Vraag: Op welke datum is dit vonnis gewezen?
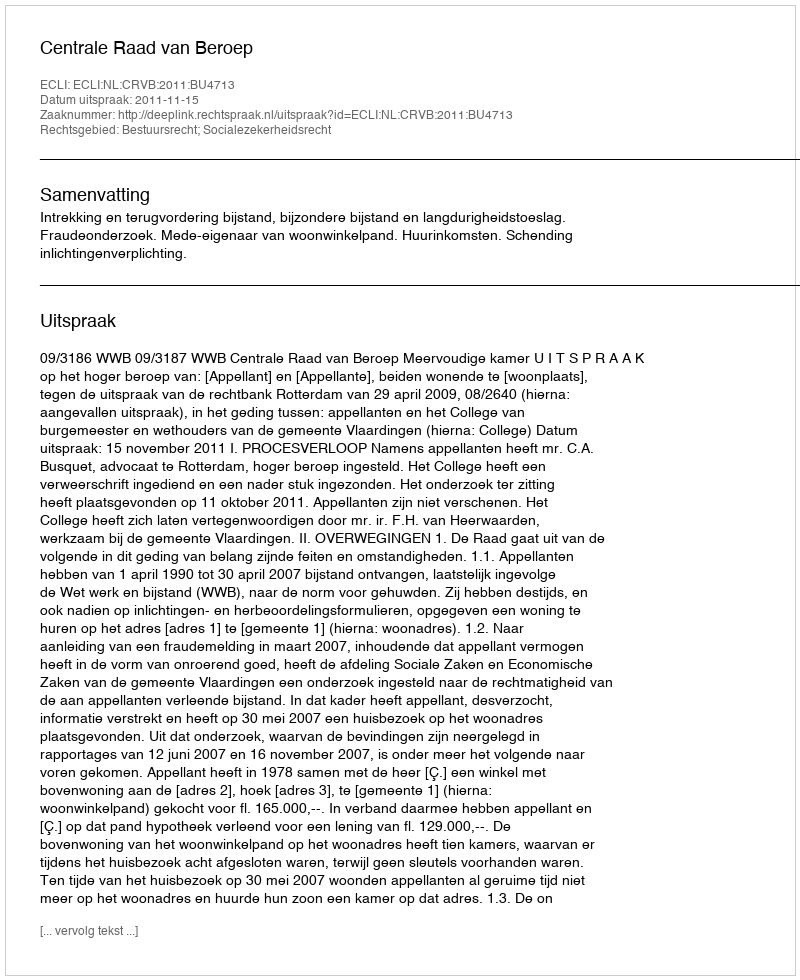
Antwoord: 2011-11-15